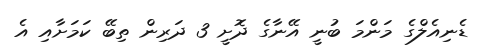
ޑެނިއެެލްގެ މަންމަ ބުނީ އޭނާގެ ދޮށީ 3 ދަރިން ތިބޭ ކަމަށާއި އެ